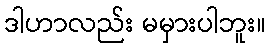
ဒါဟာလည်း မမှားပါဘူး။